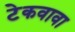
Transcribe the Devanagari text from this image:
टेकवावा